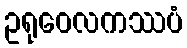
ဥရုဝေလကဿပံ